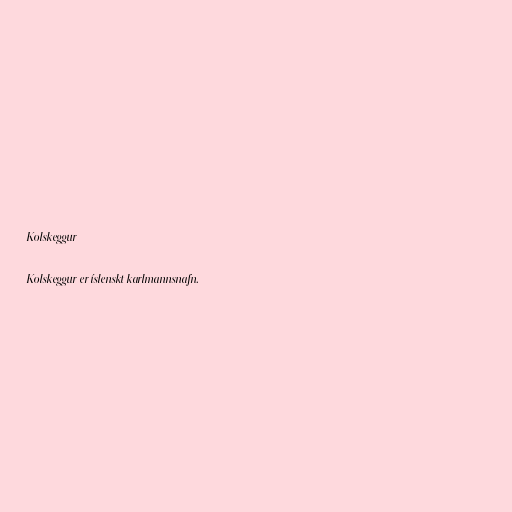
Kolskeggur

Kolskeggur er íslenskt karlmannsnafn.